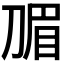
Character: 𭃽